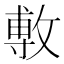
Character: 𢾭